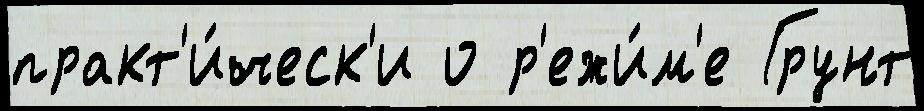
практ'и́ческ'и о р'ежи́м'е Грунт